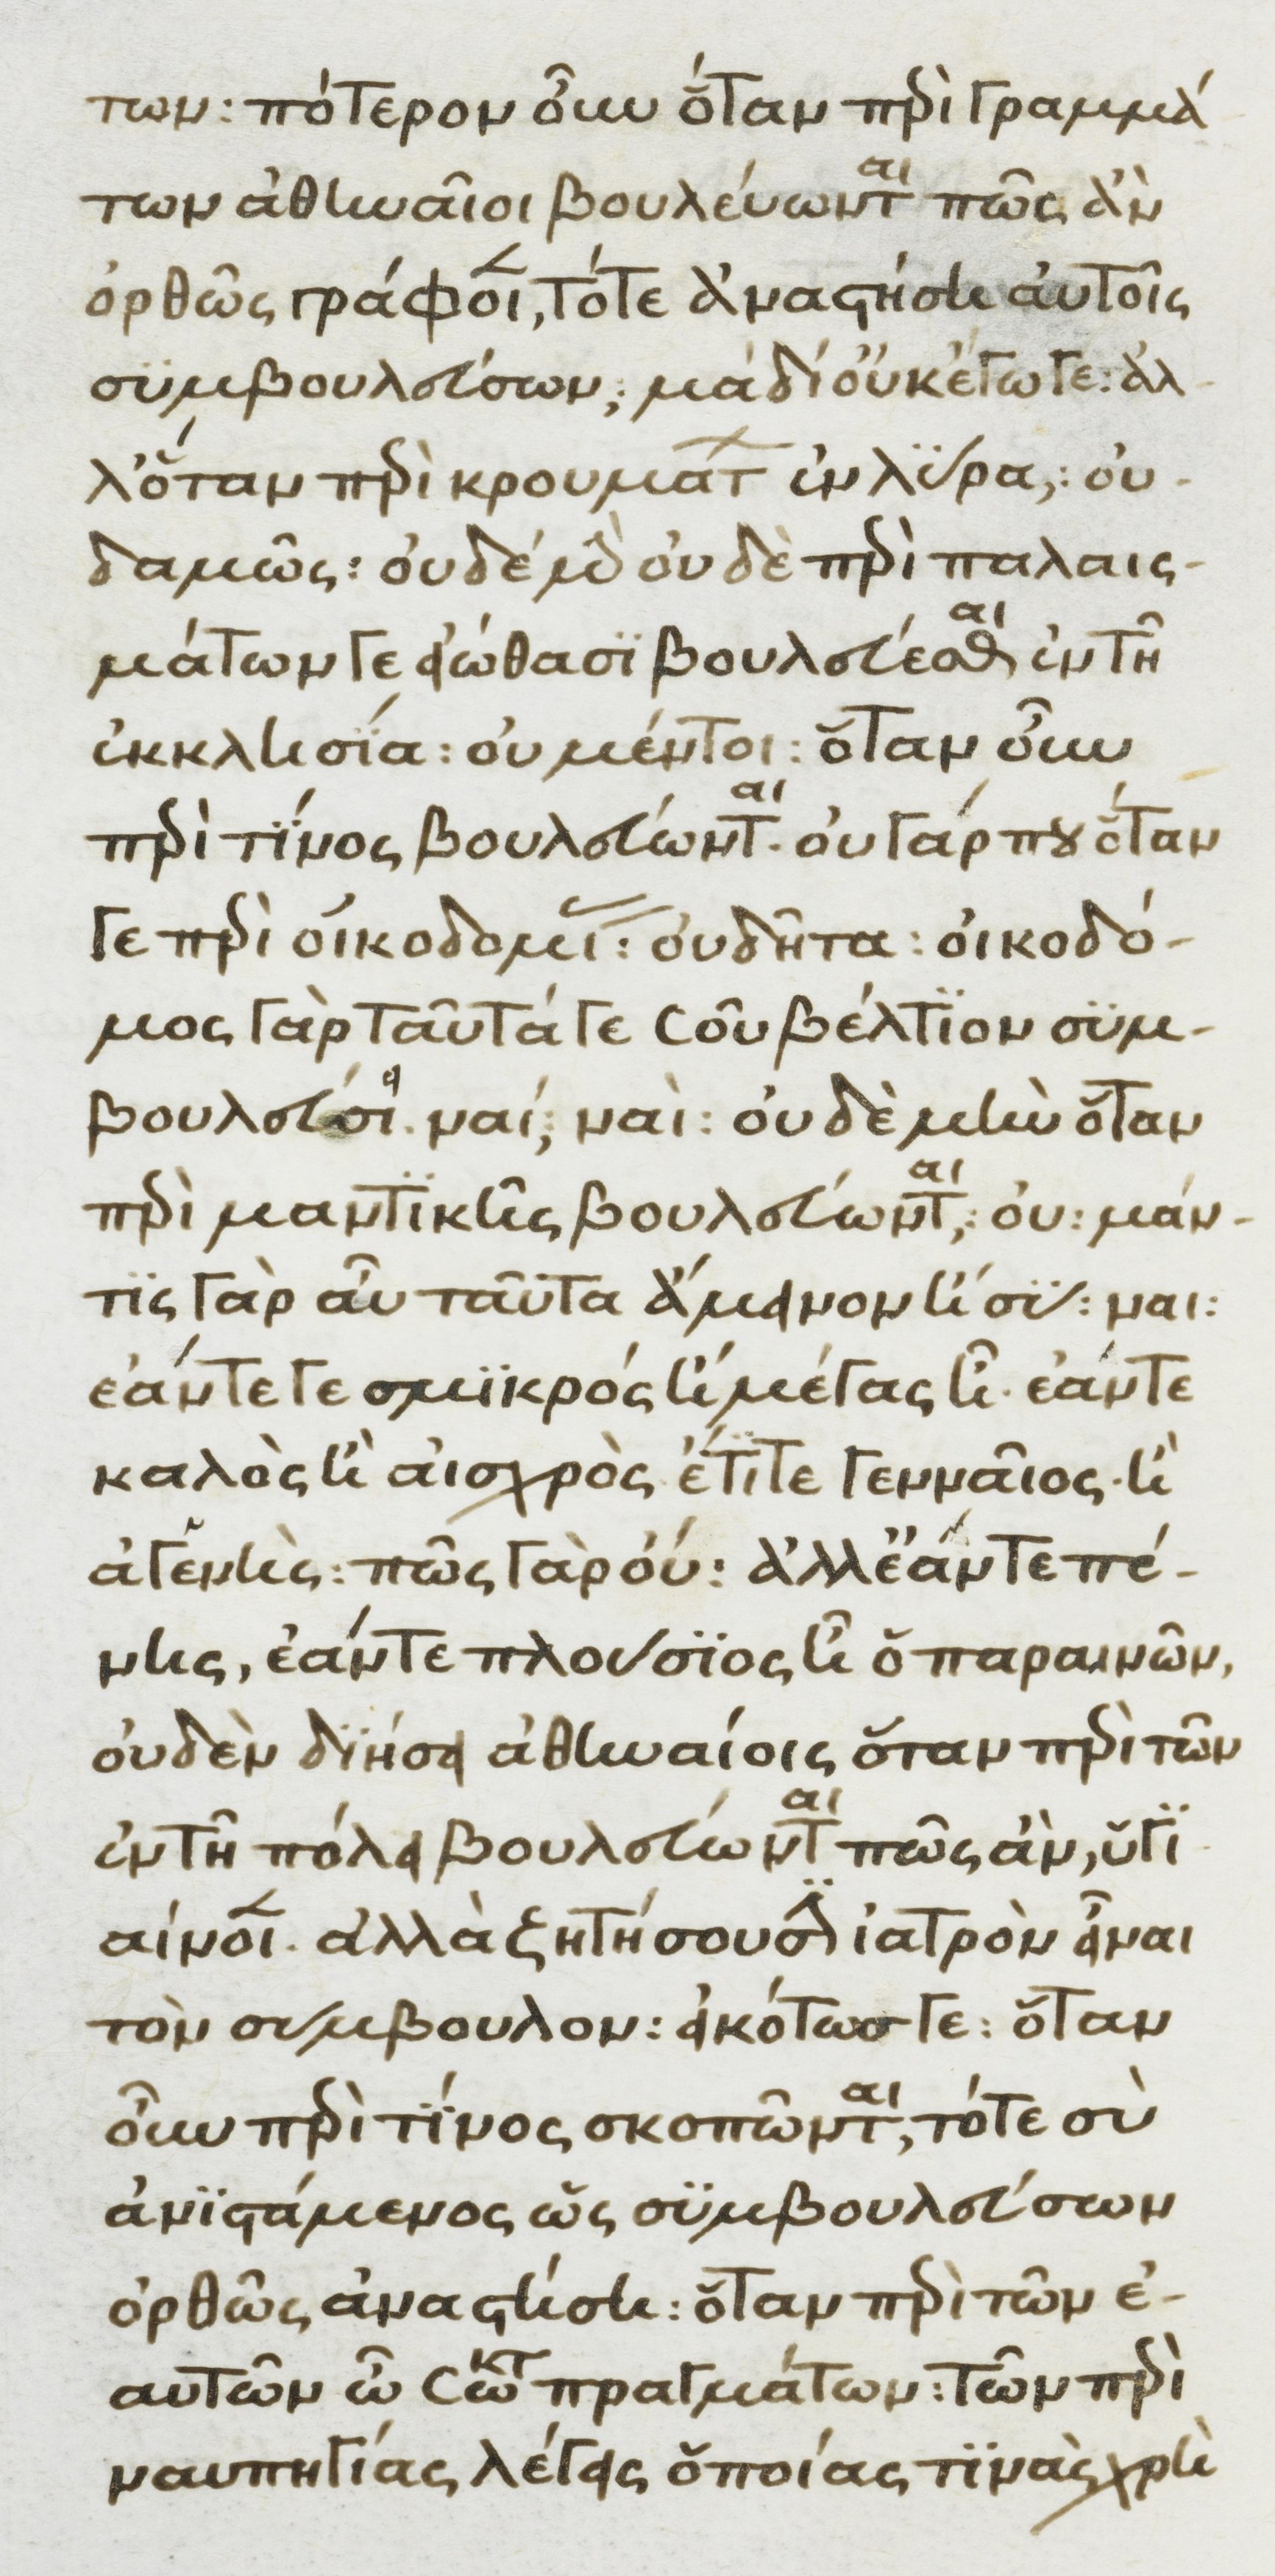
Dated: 1370–1430